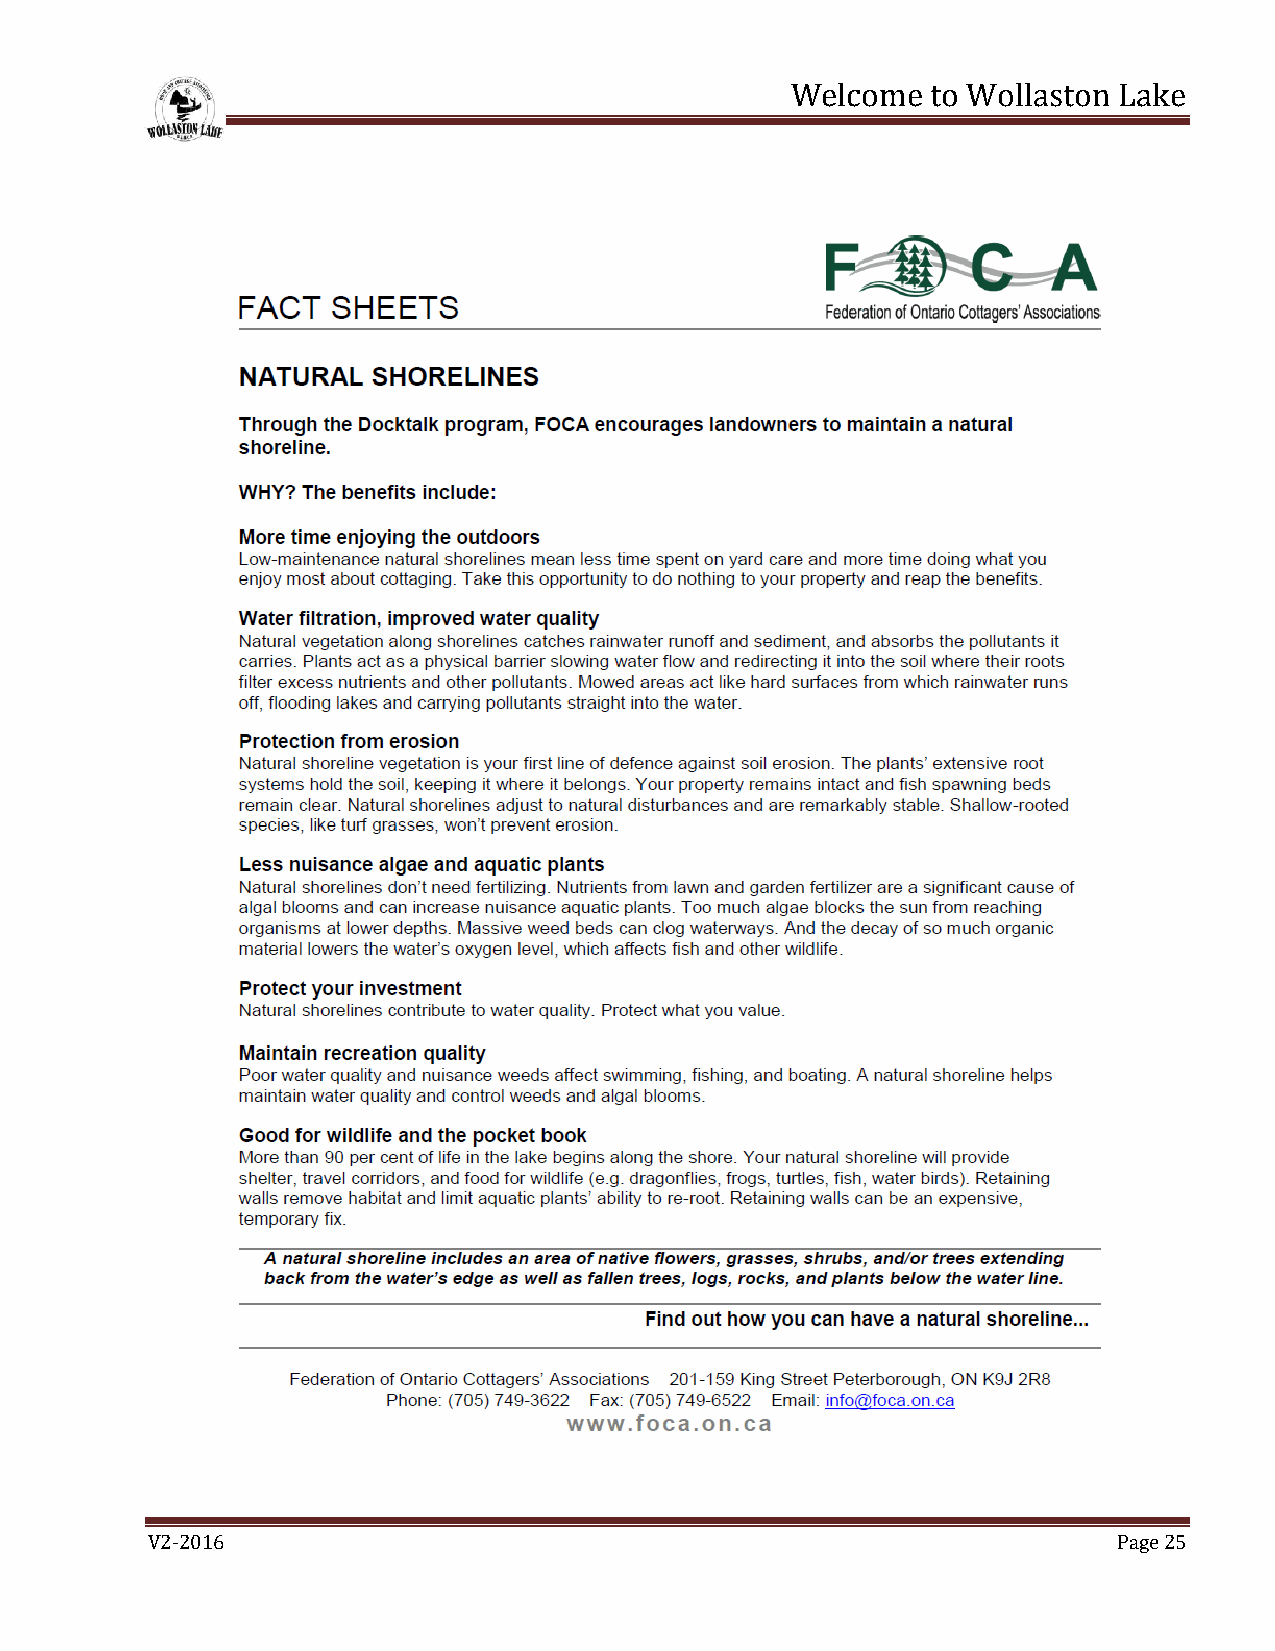
Welcome   to Wollaston Lake
 V2-2016                                                         Page 25